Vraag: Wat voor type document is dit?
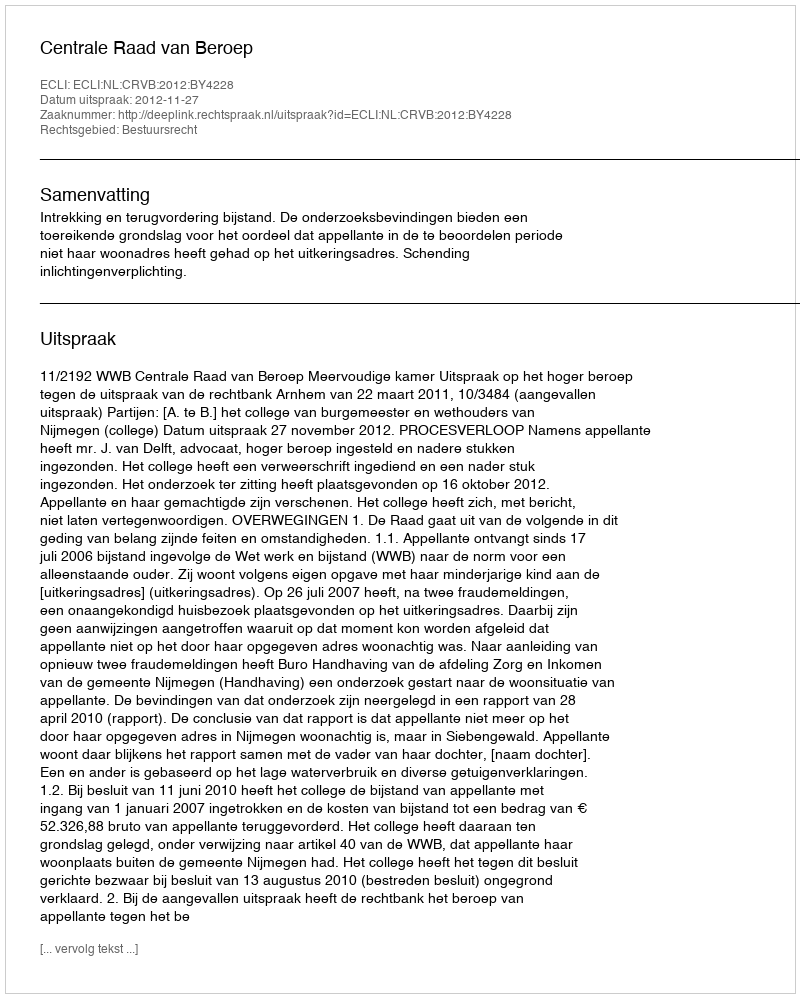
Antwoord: Uitspraak